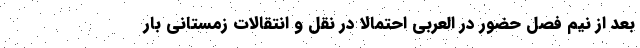
بعد از نیم فصل حضور در العربی احتمالا در نقل و انتقالات زمستانی بار